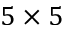
5 \times 5